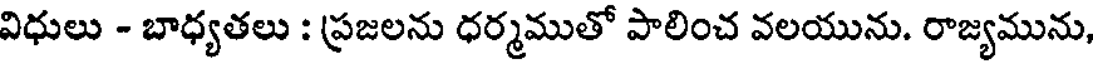
విధులు - బాధ్యతలు : ప్రజలను ధర్మముతో పాలించ వలయును. రాజ్యమును,